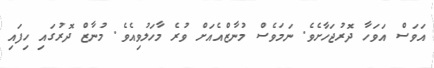
އަވަސް އަވަހާ ދޮރުޖަހާށެވެ. ނަމަވެސް މުނާޒްއެއަށް ވުރެ މާހަލުވިއެވެ. މުނާޒް ދޮރުގައި ހިފައި